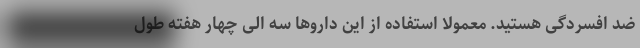
ضد افسردگی هستید. معمولا استفاده از این داروها سه الی چهار هفته طول